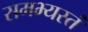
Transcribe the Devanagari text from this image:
समभ्यस्तं